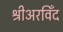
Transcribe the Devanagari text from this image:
श्रीअरविँद